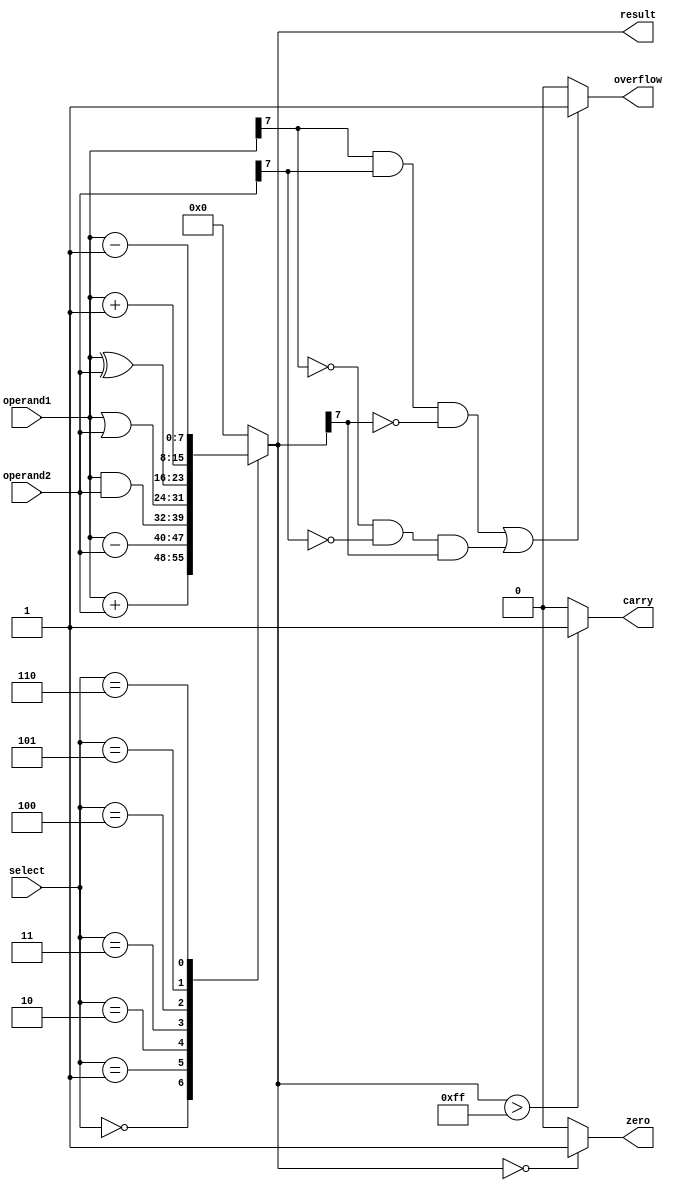
module alu(input [7:0] operand1, operand2, input [2:0] select, output reg [7:0] result, output reg zero, carry, overflow);

always @(*)
begin
    case(select)
        3'b000: result = operand1 + operand2; // addition operation
        3'b001: result = operand1 - operand2; // subtraction operation
        3'b010: result = operand1 & operand2; // bitwise AND operation
        3'b011: result = operand1 | operand2; // bitwise OR operation
        3'b100: result = operand1 ^ operand2; // bitwise XOR operation
        3'b101: result = operand1 + 1; // increment operation
        3'b110: result = operand1 - 1; // decrement operation
        default: result = 8'h00;
    endcase
    
    if(result == 8'h00)
        zero = 1;
    else
        zero = 0;
    
    if(result > 8'hFF)
        carry = 1;
    else
        carry = 0;
    
    if((operand1[7] & operand2[7] & ~result[7]) | (~operand1[7] & ~operand2[7] & result[7]))
        overflow = 1;
    else
        overflow = 0;
end

endmodule